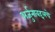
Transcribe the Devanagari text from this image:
अर्जुनाबद्दलचे